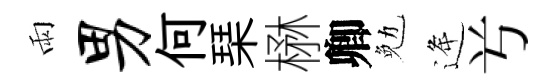
雨男何琹楙卿勉逄𠔃